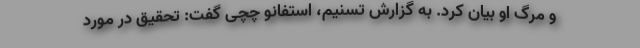
و مرگ او بیان کرد. به گزارش تسنیم، استفانو چچی گفت: تحقیق در مورد